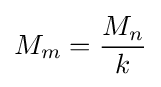
M_{m}={\frac {M_{n}}{k}}